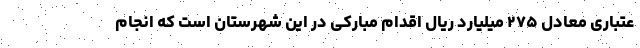
عتباری معادل ۲۷۵ میلیارد ریال اقدام مبارکی در این شهرستان است که انجام